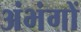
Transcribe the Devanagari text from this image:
अंभंगों